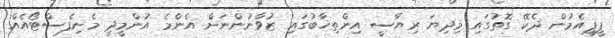
ޕީޕީއެމުން ދެކޭ ގޮތުގައި މިދިޔަ ރިޔާސީ އިންތިޚާބުގައި ޒުވާނުންނަށް އެންމެ އުންމީދީ މެނިފެސްޓޯއެއް